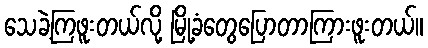
သေခဲ့ကြဖူးတယ်လို့ မြို့ခံတွေပြောတာကြားဖူးတယ်။